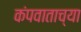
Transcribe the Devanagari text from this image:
कंपवाताच्या